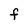
Character: F